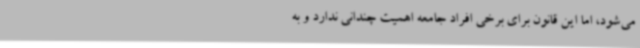
می‌شود، اما این قانون برای برخی افراد جامعه اهمیت چندانی ندارد و به